Bombay plague: being a history of the progress of plague in the Bombay presidency from September 1896 to June 1899
Year: 1896
Disease focus: Plague
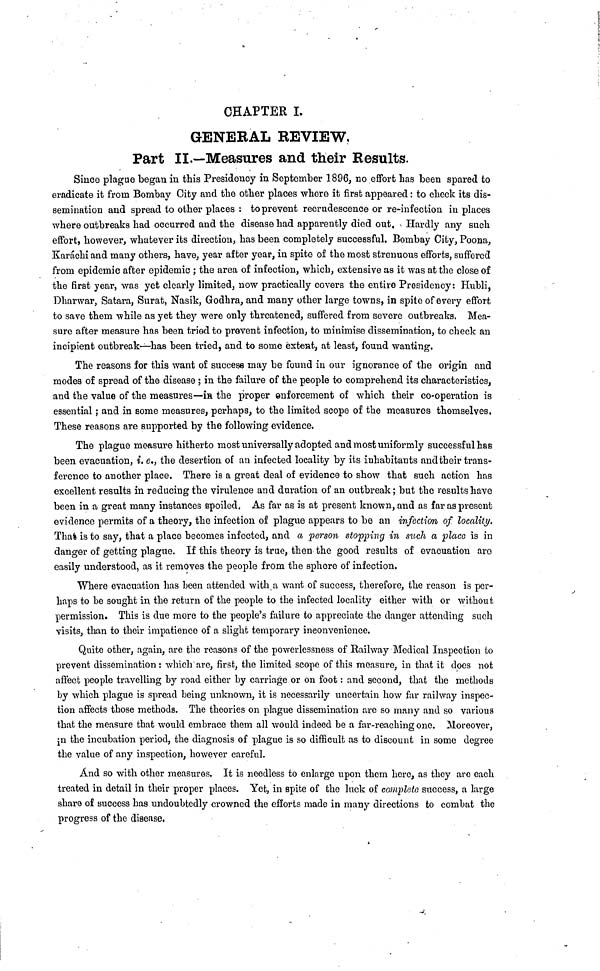
CHAPTER I.
GENERAL REVIEW,
Part II.—Measures and their Results.
Since plague began in this Presidency in September 1896, no effort has been spared to
eradicate it from Bombay City and the other places where it first appeared : to check its dis-
semination and spread to other places : to prevent recrudescence or re-infection in places
where outbreaks had occurred and the disease had apparently died out. Hardly any such
effort, however, whatever its direction, has been completely successful. Bombay City, Poona,
Karachi and many others, have, year after year, in spite of the most strenuous efforts, suffered
from epidemic after epidemic ; the area of infection, which, extensive as it was at the close of
the first year, was yet clearly limited, now practically covers the entire Presidency: Hubli,
Dharwar, Satara, Surat, Nasik, Godhra, and many other large towns, in spite of every effort
to save them while as yet they were only threatened, suffered from severe outbreaks. Mea-
sure after measure has been tried to prevent infection, to minimise dissemination, to check an
incipient outbreak—has been tried, and to some extent, at least, found wanting.
The reasons for this want of succese may be found in our ignorance of the origin and
modes of spread of the disease ; in the failure of the people to comprehend its characteristics,
and the value of the measures—in the proper enforcement of which their co-operation is
essential ; and in some measures, perhaps, to the limited scope of the measures themselves.
These reasons are supported by the following evidence.
The plague measure hitherto most universally adopted and most uniformly successful has
been evacuation, i. e., the desertion of an infected locality by its inhabitants and their trans-
ference to another place. There is a great deal of evidence to show that such action has
excellent results in reducing the virulence and duration of an outbreak ; but the results have
been in a great many instances spoiled. As far as is at present known, and as far as present
evidence permits of a theory, the infection of plague appears to be an infection of locality.
That is to say, that a place becomes infected, and a person stopping in such a place is in
danger of getting plague. If this theory is true, then the good results of evacuation aro
easily understood, as it removes the people from the sphere of infection.
Where evacuation has been attended with a want of success, therefore, the reason is per-
haps to be sought in the return of the people to the infected locality either with or without
permission. This is due more to the people's failure to appreciate the clanger attending such
visits, than to their impatience of a slight temporary inconvenience.
Quite other, again, are the reasons of the powerlcssness of Railway Medical Inspection to
prevent dissemination : which arc, first, the limited scope of this measure, in that it docs not
affect people travelling by road either by carriage or on foot : and second, that the methods
by which plague is spread being unknown, it is necessarily uncertain how far railway inspec-
tion affects those methods. The theories on plague dissemination are so many and so various
that the measure that would embrace them all would indeed be a far-reaching one. Moreover,
in the incubation period, the diagnosis of plague is so difficult as to discount in some degree
the value of any inspection, however careful.
And so with other measures. It is needless to enlarge upon them here, as they are each
treated in detail in their proper places. Yet, in spite of the luck of completo success, a large
share of success has undoubtedly crowned the efforts made in many directions to combat the
progress of the disease,